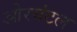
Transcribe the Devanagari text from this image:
ओरयंटल